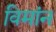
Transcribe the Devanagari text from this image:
विमांन